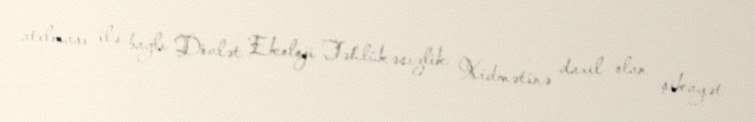
atılması ilə bağlı Dövlət Ekoloji Təhlükəsizlik Xidmətinə daxil olan şikayət